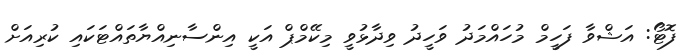
ފޮޓޯ: އަޝްވާ ފަހީމް މުހައްމަދު ވަހީދު ވިދާޅުވީ މިކޭމްޕް އަކީ އިންސާނިއްޔާތައްޓަކައި ކުރިއަށް